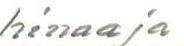
hinaaja